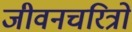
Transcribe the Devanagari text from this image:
जीवनचरित्रों